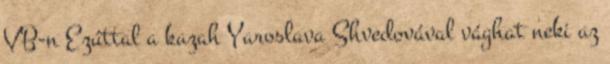
VB-n Ezúttal a kazah Yaroslava Shvedovával vághat neki az